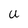
Character: U